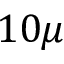
1 0 \mu